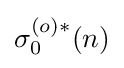
\sigma _{0}^{(o)*}(n)